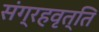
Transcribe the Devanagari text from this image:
संग्रहवृत्ति